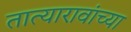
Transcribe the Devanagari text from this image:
तात्यारावांच्या